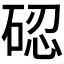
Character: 𱴋